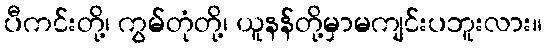
ပီကင်းတို့၊ ကွမ်တုံတို့၊ ယူနန်တို့မှာမကျင်းပဘူးလား။